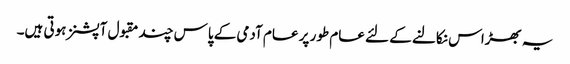
یہ بھڑاس نکالنے کے لئے عام طور پر عام آدمی کے پاس چند مقبول آپشنز ہوتی ہیں۔